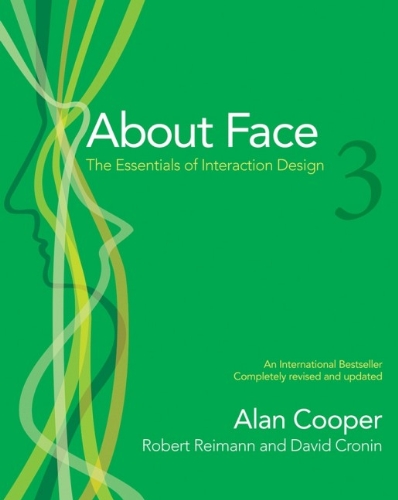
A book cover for About Face 3: The Essentials of Interaction Design; Alan Cooper; Computers & Technology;